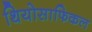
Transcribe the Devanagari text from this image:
थियोसाफिकल